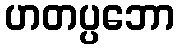
ဟတပ္ပဘော